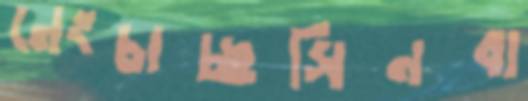
নেংচাচ্ছসিনবা